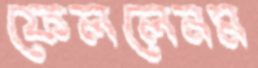
ফেললেনম